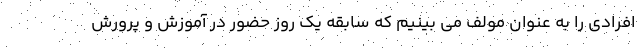
افرادی را به عنوان مولف می بینیم که سابقه یک روز حضور در آموزش و پرورش